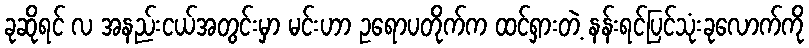
ခုဆိုရင် လ အနည်းငယ်အတွင်းမှာ မင်းဟာ ဥရောပတိုက်က ထင်ရှားတဲ့ နန်းရင်ပြင်သုံးခုလောက်ကို